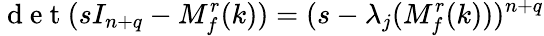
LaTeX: \mathrm{~d~e~t~}(sI_{n+q}-M_{f}^{r}(k))=(s-\lambda_{j}(M_{f}^{r}(k)))^{n+q}